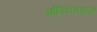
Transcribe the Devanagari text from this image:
अधिकारांसाठी